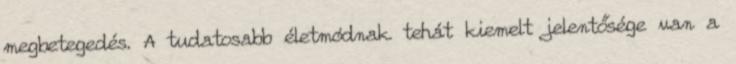
megbetegedés. A tudatosabb életmódnak tehát kiemelt jelentősége van a